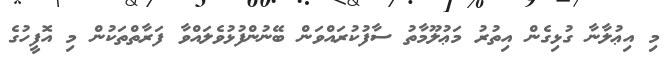
މި އިޢުލާނާ ގުޅިގެން އިތުރު މަޢުލޫމާތު ސާފުކުރައްވަން ބޭނުންފުޅުވެލައްވާ ފަރާތްތަކުން މި އޮފީހުގެެ